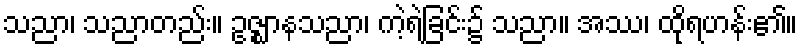
သညာ၊ သညာတည်း။ ဥဇ္ဈာနသညာ၊ ကဲ့ရဲ့ခြင်း၌ သညာ။ အဿ၊ ထိုရဟန်း၏။